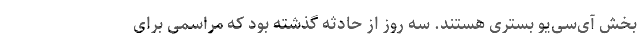
بخش‌ آی‌سی‌یو بستری هستند. سه روز از حادثه گذشته بود که مراسمی برای